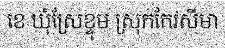
ខេ ឃុំស្រែខ្ទុម ស្រុកកែវសីមា